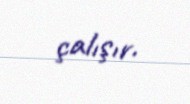
çalışır.